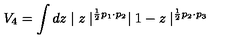
V _ { 4 } = \int d z \mid z \mid ^ { \frac { 1 } { 2 } p _ { 1 } \cdot p _ { 2 } } \mid 1 - z \mid ^ { \frac { 1 } { 2 } p _ { 2 } \cdot p _ { 3 } }